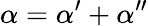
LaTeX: \alpha=\alpha^{\prime}+\alpha^{\prime\prime}